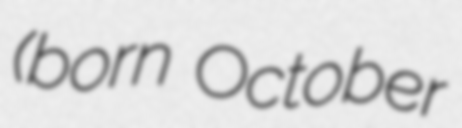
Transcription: (born October